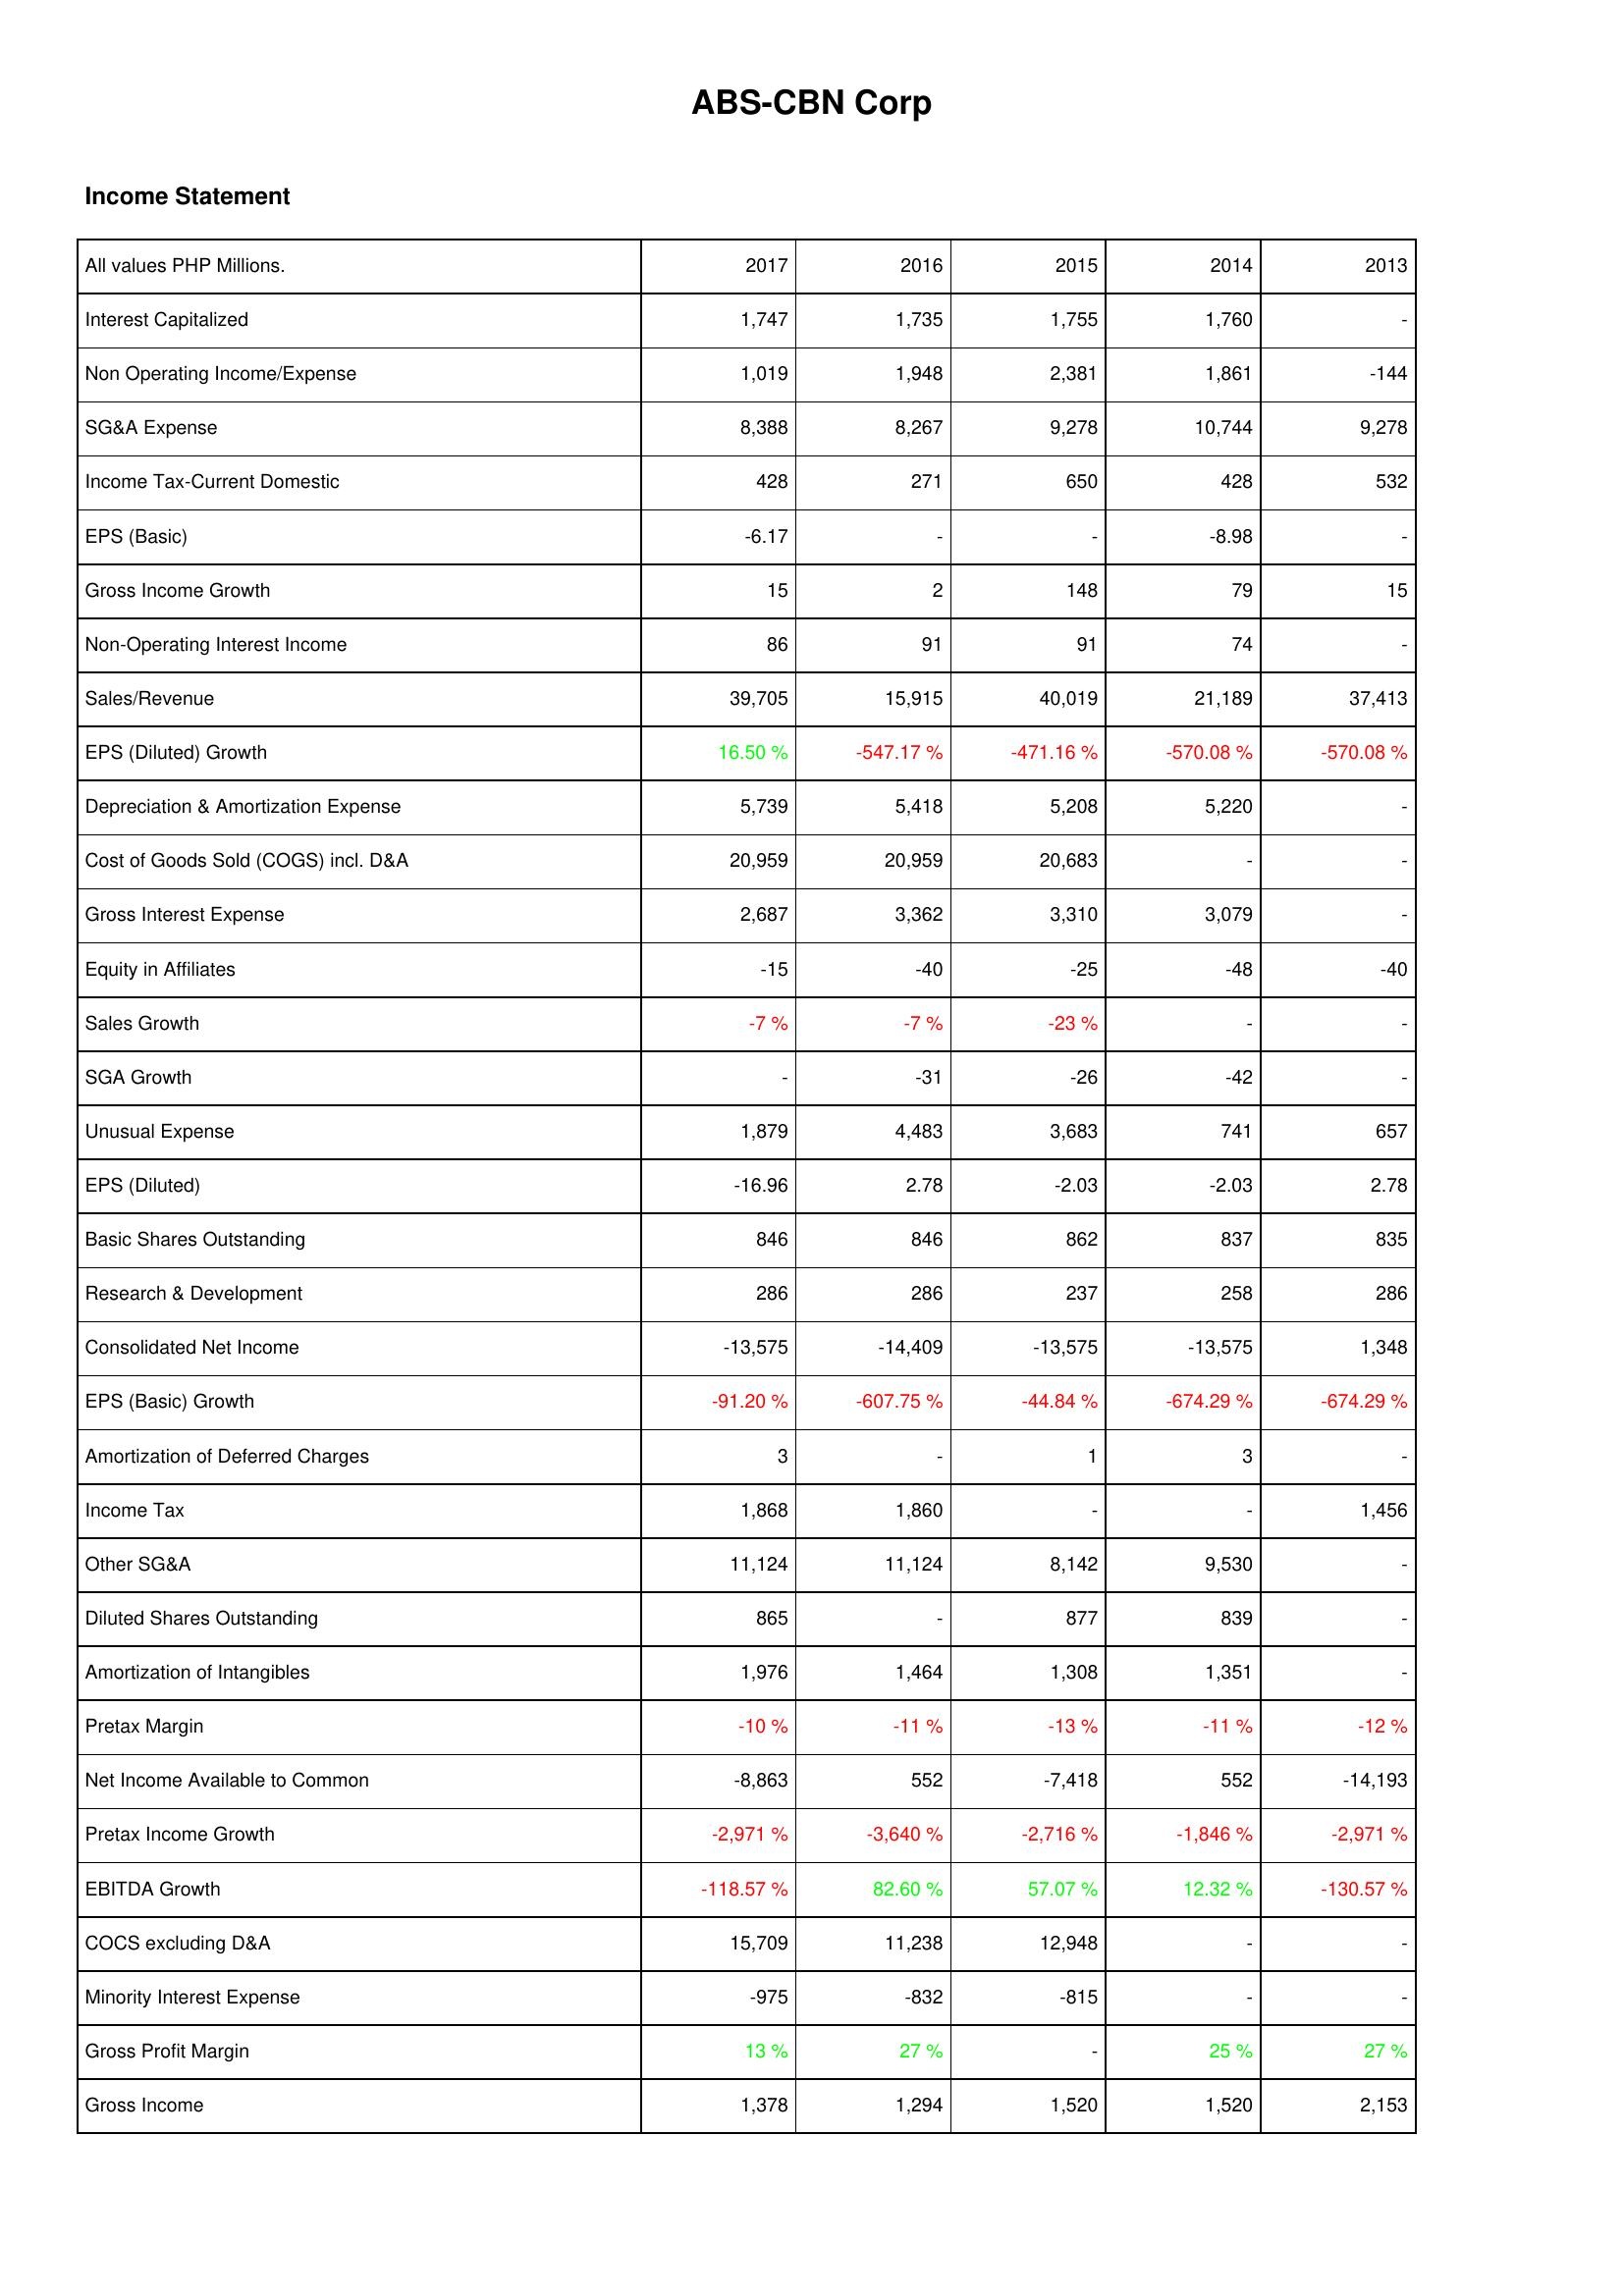
2017: Income Statement: Interest Capitalized: 1,747
Non Operating Income/Expense: 1,019
SG&A Expense: 8,388
Income Tax-Current Domestic: 428
EPS (Basic): -6.17
Gross Income Growth: 15
Non-Operating Interest Income: 86
Sales/Revenue: 39,705
EPS (Diluted) Growth: 16.50 %
Depreciation & Amortization Expense: 5,739
Cost of Goods Sold (COGS) incl. D&A: 20,959
Gross Interest Expense: 2,687
Equity in Affiliates: -15
Sales Growth: -7 %
SGA Growth: -
Unusual Expense: 1,879
EPS (Diluted): -16.96
Basic Shares Outstanding: 846
Research & Development: 286
Consolidated Net Income: -13,575
EPS (Basic) Growth: -91.20 %
Amortization of Deferred Charges: 3
Income Tax: 1,868
Other SG&A: 11,124
Diluted Shares Outstanding: 865
Amortization of Intangibles: 1,976
Pretax Margin: -10 %
Net Income Available to Common: -8,863
Pretax Income Growth: -2,971 %
EBITDA Growth: -118.57 %
COCS excluding D&A: 15,709
Minority Interest Expense: -975
Gross Profit Margin: 13 %
Gross Income: 1,378
2016: Income Statement: Interest Capitalized: 1,735
Non Operating Income/Expense: 1,948
SG&A Expense: 8,267
Income Tax-Current Domestic: 271
EPS (Basic): -
Gross Income Growth: 2
Non-Operating Interest Income: 91
Sales/Revenue: 15,915
EPS (Diluted) Growth: -547.17 %
Depreciation & Amortization Expense: 5,418
Cost of Goods Sold (COGS) incl. D&A: 20,959
Gross Interest Expense: 3,362
Equity in Affiliates: -40
Sales Growth: -7 %
SGA Growth: -31
Unusual Expense: 4,483
EPS (Diluted): 2.78
Basic Shares Outstanding: 846
Research & Development: 286
Consolidated Net Income: -14,409
EPS (Basic) Growth: -607.75 %
Amortization of Deferred Charges: -
Income Tax: 1,860
Other SG&A: 11,124
Diluted Shares Outstanding: -
Amortization of Intangibles: 1,464
Pretax Margin: -11 %
Net Income Available to Common: 552
Pretax Income Growth: -3,640 %
EBITDA Growth: 82.60 %
COCS excluding D&A: 11,238
Minority Interest Expense: -832
Gross Profit Margin: 27 %
Gross Income: 1,294
2015: Income Statement: Interest Capitalized: 1,755
Non Operating Income/Expense: 2,381
SG&A Expense: 9,278
Income Tax-Current Domestic: 650
EPS (Basic): -
Gross Income Growth: 148
Non-Operating Interest Income: 91
Sales/Revenue: 40,019
EPS (Diluted) Growth: -471.16 %
Depreciation & Amortization Expense: 5,208
Cost of Goods Sold (COGS) incl. D&A: 20,683
Gross Interest Expense: 3,310
Equity in Affiliates: -25
Sales Growth: -23 %
SGA Growth: -26
Unusual Expense: 3,683
EPS (Diluted): -2.03
Basic Shares Outstanding: 862
Research & Development: 237
Consolidated Net Income: -13,575
EPS (Basic) Growth: -44.84 %
Amortization of Deferred Charges: 1
Income Tax: -
Other SG&A: 8,142
Diluted Shares Outstanding: 877
Amortization of Intangibles: 1,308
Pretax Margin: -13 %
Net Income Available to Common: -7,418
Pretax Income Growth: -2,716 %
EBITDA Growth: 57.07 %
COCS excluding D&A: 12,948
Minority Interest Expense: -815
Gross Profit Margin: -
Gross Income: 1,520
2014: Income Statement: Interest Capitalized: 1,760
Non Operating Income/Expense: 1,861
SG&A Expense: 10,744
Income Tax-Current Domestic: 428
EPS (Basic): -8.98
Gross Income Growth: 79
Non-Operating Interest Income: 74
Sales/Revenue: 21,189
EPS (Diluted) Growth: -570.08 %
Depreciation & Amortization Expense: 5,220
Cost of Goods Sold (COGS) incl. D&A: -
Gross Interest Expense: 3,079
Equity in Affiliates: -48
Sales Growth: -
SGA Growth: -42
Unusual Expense: 741
EPS (Diluted): -2.03
Basic Shares Outstanding: 837
Research & Development: 258
Consolidated Net Income: -13,575
EPS (Basic) Growth: -674.29 %
Amortization of Deferred Charges: 3
Income Tax: -
Other SG&A: 9,530
Diluted Shares Outstanding: 839
Amortization of Intangibles: 1,351
Pretax Margin: -11 %
Net Income Available to Common: 552
Pretax Income Growth: -1,846 %
EBITDA Growth: 12.32 %
COCS excluding D&A: -
Minority Interest Expense: -
Gross Profit Margin: 25 %
Gross Income: 1,520
2013: Income Statement: Interest Capitalized: -
Non Operating Income/Expense: -144
SG&A Expense: 9,278
Income Tax-Current Domestic: 532
EPS (Basic): -
Gross Income Growth: 15
Non-Operating Interest Income: -
Sales/Revenue: 37,413
EPS (Diluted) Growth: -570.08 %
Depreciation & Amortization Expense: -
Cost of Goods Sold (COGS) incl. D&A: -
Gross Interest Expense: -
Equity in Affiliates: -40
Sales Growth: -
SGA Growth: -
Unusual Expense: 657
EPS (Diluted): 2.78
Basic Shares Outstanding: 835
Research & Development: 286
Consolidated Net Income: 1,348
EPS (Basic) Growth: -674.29 %
Amortization of Deferred Charges: -
Income Tax: 1,456
Other SG&A: -
Diluted Shares Outstanding: -
Amortization of Intangibles: -
Pretax Margin: -12 %
Net Income Available to Common: -14,193
Pretax Income Growth: -2,971 %
EBITDA Growth: -130.57 %
COCS excluding D&A: -
Minority Interest Expense: -
Gross Profit Margin: 27 %
Gross Income: 2,153